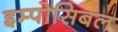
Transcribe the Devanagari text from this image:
इम्पोसिबल